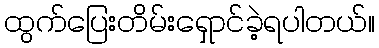
ထွက်ပြေးတိမ်းရှောင်ခဲ့ရပါတယ်။